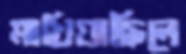
মাখিয়াছিলে